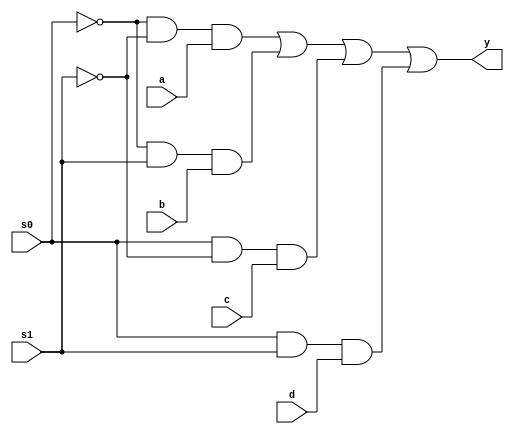
module Multiplexer_Dataflow(a,b,c,d,s0,s1,y); 
input a,b,c,d,s0,s1; 
output y; 
wire i1,i2,i3,i4,i5,i6; 
assign i1=~s0; 
assign i2=~s1; 
assign i3=i1 & i2 & a; 
assign i4=i1 & s1 & b; 
assign i5=s0 & i2 & c; 
assign i6=s0 & s1 & d; 
assign y=i3|i4|i5|i6; 
endmodule